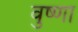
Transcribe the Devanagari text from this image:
वुष्णा